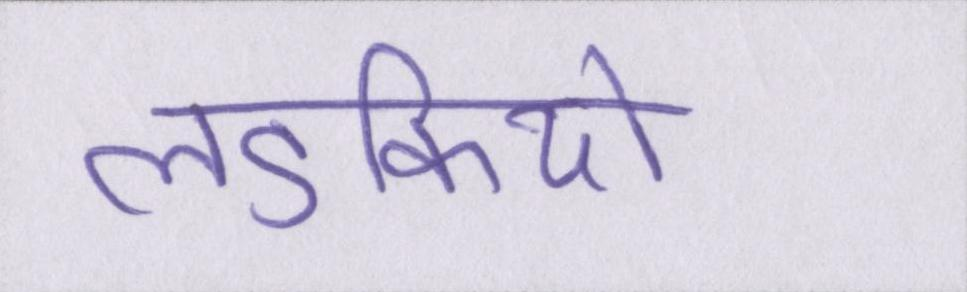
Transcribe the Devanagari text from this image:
लडकियों